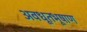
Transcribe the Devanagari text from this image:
अवधूतभूषाण